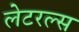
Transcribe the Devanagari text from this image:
लेटरल्स